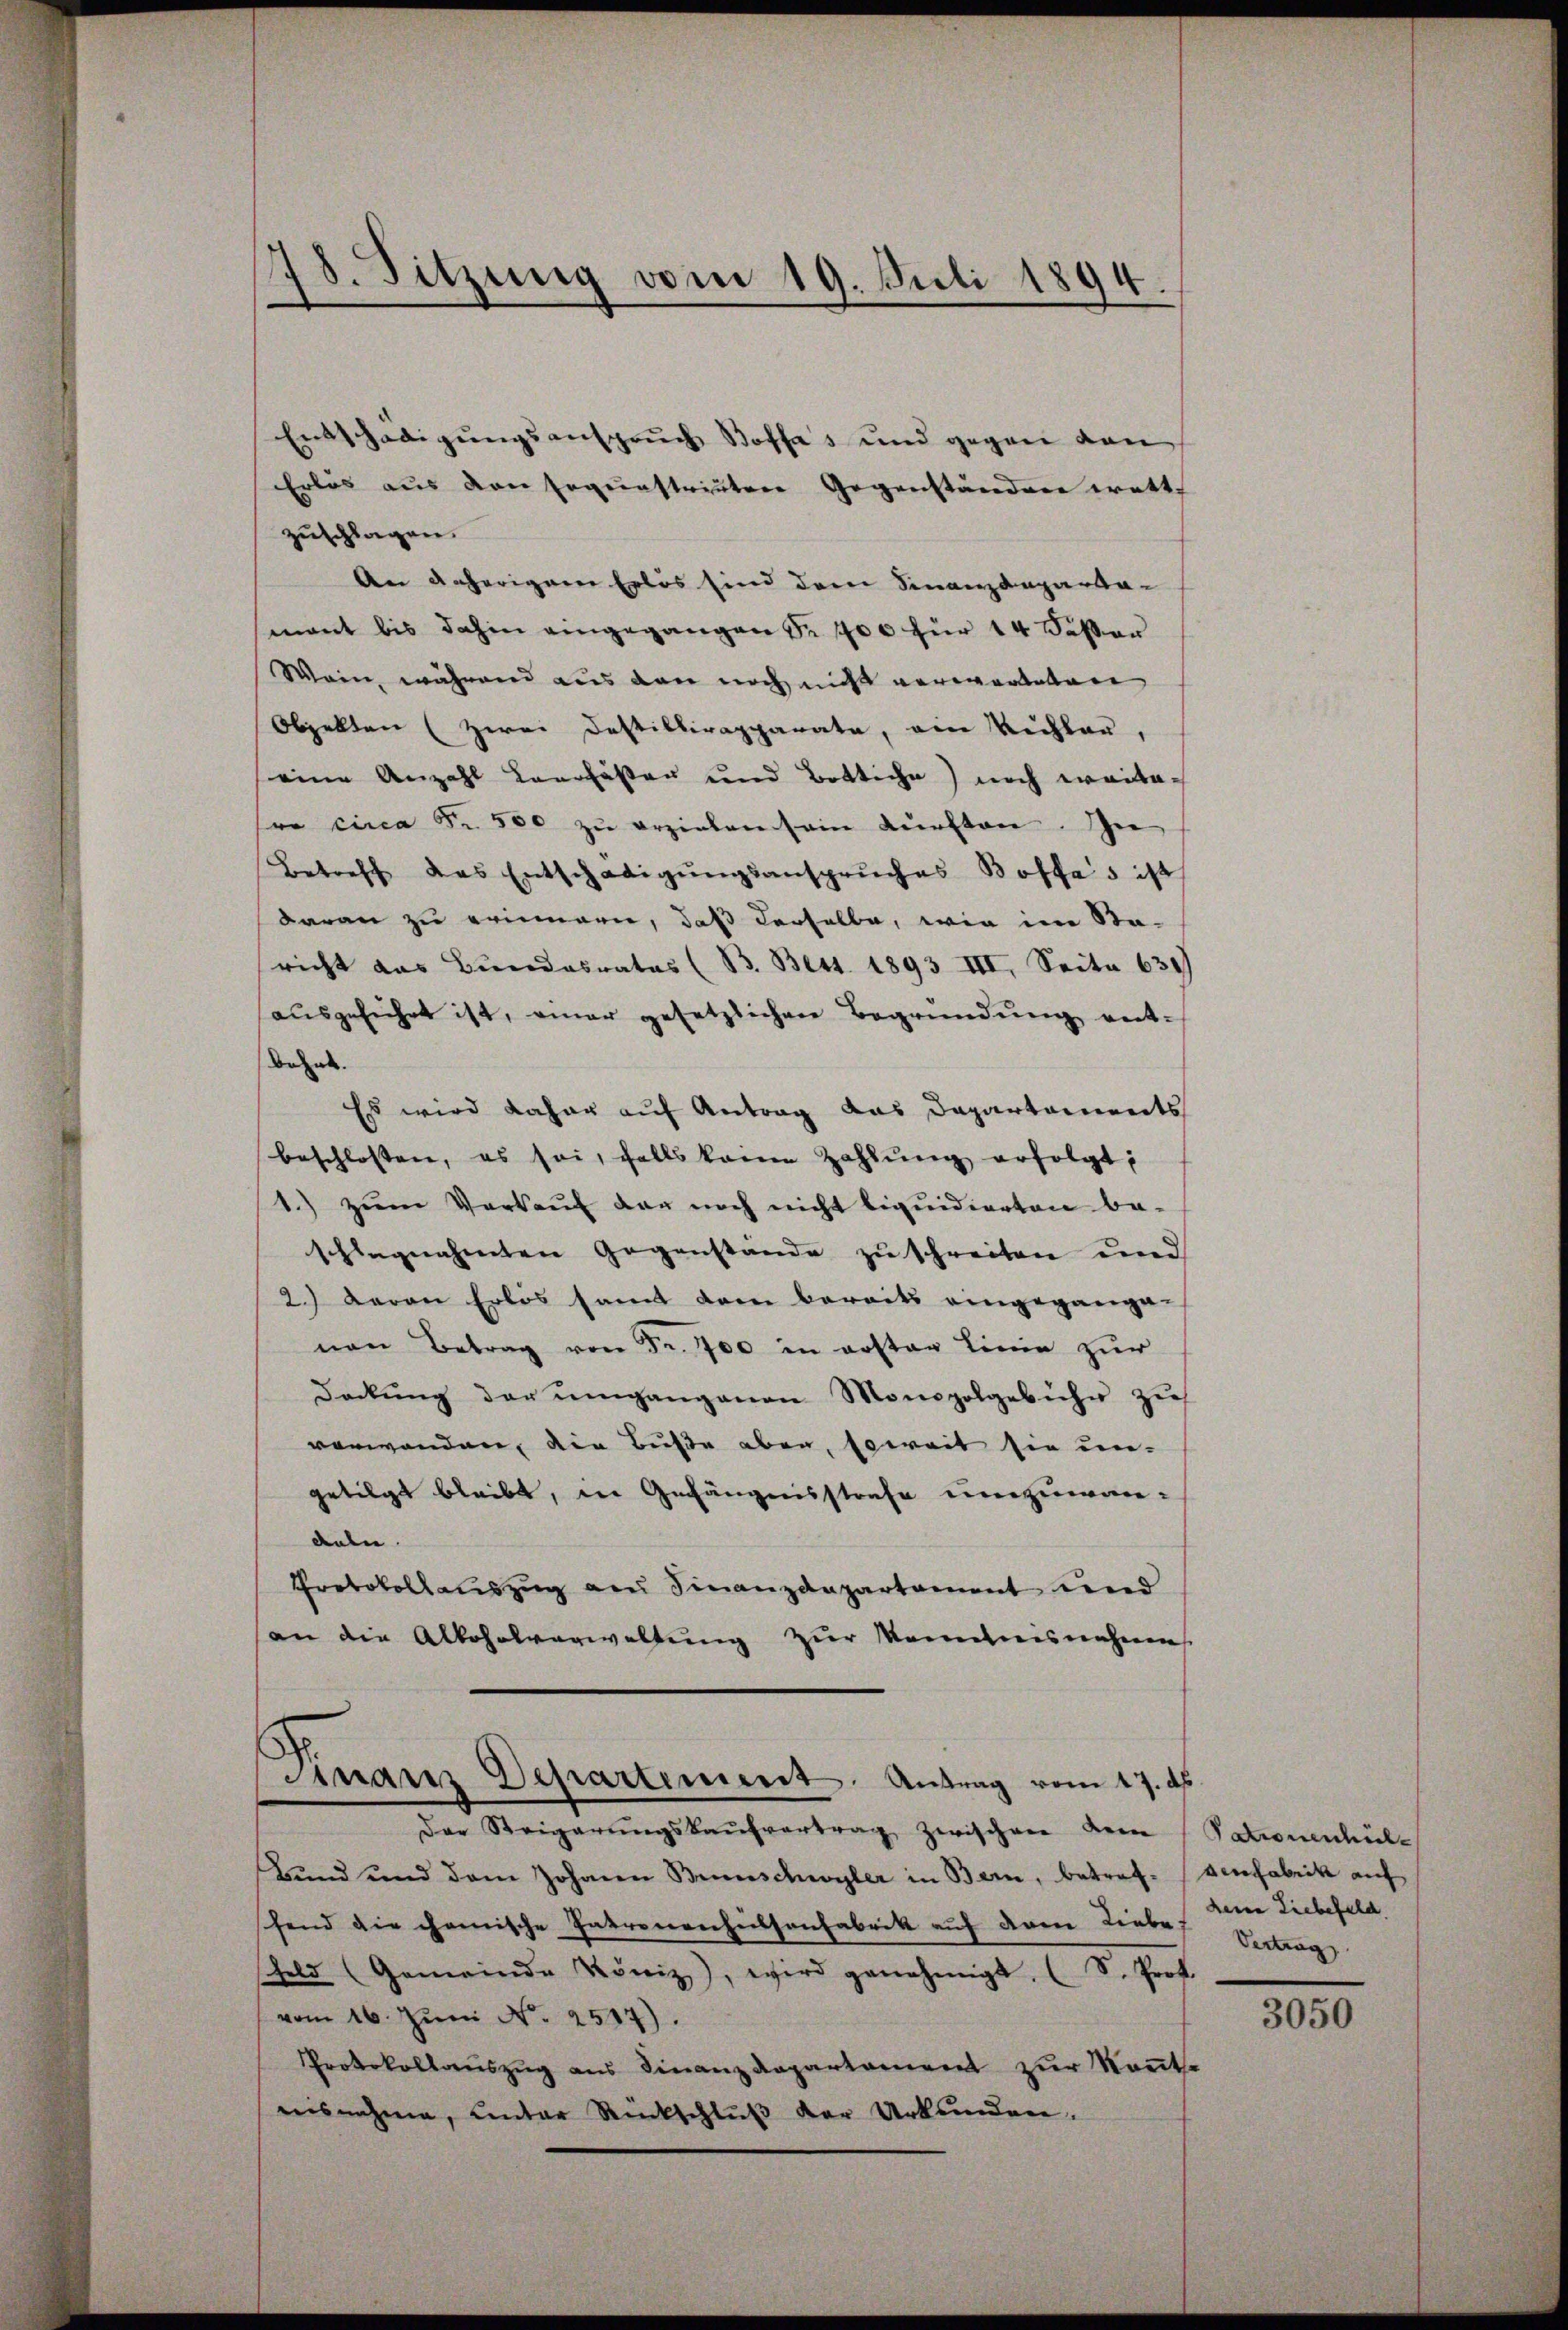
d
8. Sitzung vom 19. Juli 1894.
e

Entschädigungsanspruch Stoffes und gegen den
Erlös aus den gegenstreuten Gegenständner wette
zuschlagen.
An daherigem Erlös sind dem Finanzdeparta-
mant bis dahin eingegangen S. 700 für 14 Sesser
Wein, während aus den noch nicht verwarteten
Objekten (zwei Destillirapparate, ein Vichler,
eine Anzahl Leerfassen und Bottiche) noch weitere circa Fr. 500 zŭ erziehen sein dürften. In
Betreff das Entschädigŭngsanspruches Boffes ist
daran zu erinnern, daß derselbe, wie im Sta-
richt das Bundesrates (B. Bett. 1893 III. Seite 639
aŭsgeführt ist, einer gesetzlichen Begründung ent-
behal
Es wird daher auf Antrag das Departements
beschlossen, es sei, falls keine Zahlŭng erfolgt;
1.) zum Verkauf der noch nicht liquidierten be-
schlagnahmen Gegenstände zŭ schreiten und
2.) Daran Erlös samt dem bereits eingegange-
nen Betrag von Fr. 700 in erster Linie zur
deckŭng der ŭmgangenen Monopolgebühr zu
vorwanden, die Buße aber, soweit sie un-
getilgt bleibt, in Gefängnisstrafe umzuwardeln.
Protokollauszug an Finanzdepartement und
an die Alkoholverwaltung zur Komitnisnahmes
Finanz Departement. Antrag vom 17. ds.
Der Steigerŭngskaŭfvertrag zwischen dem Patronenhübe
Bund und dem Johann Brunschwyler in Bern, betraf- denfabrik auf
schend die chanische Patronenheitsanfabrik auf deren Liebes Vertrag
Feld (Gemeinde Köniz), wird genehmigt. (S. Prof.
vom 16. Juni N. 2517).
Protokollauszug aus Finanzdepartament zur Kenntnisnahme, unter Rückschlŭβ der Urkunden.

deine Liebefeld.

3050